Investigations into the jail dietaries of the United Provinces with some observations on the influence of dietary on the physical development and well-being of the people of the United Provinces - Number 48
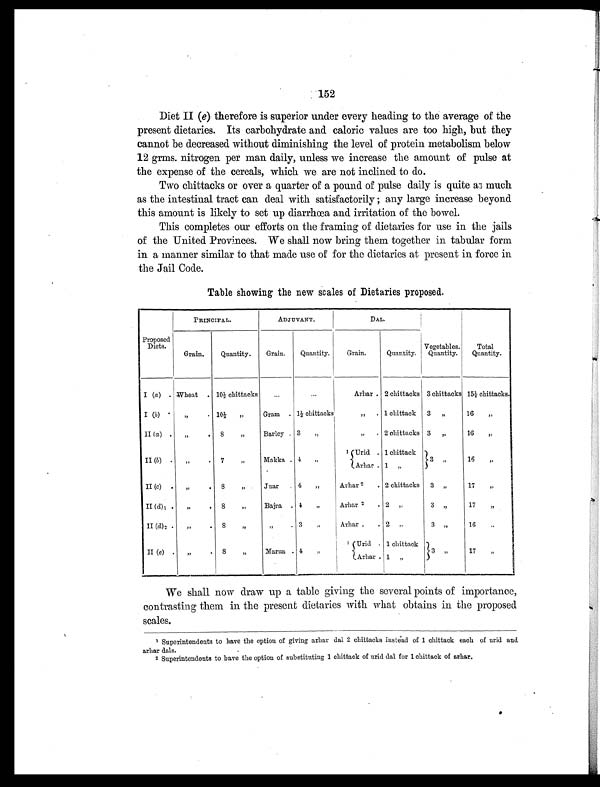
152
Diet II (e) therefore is superior under every heading to the average of the
present dietaries. Its carbohydrate and caloric values are too high, but they
cannot be decreased without diminishing the level of protein metabolism below
12 grms. nitrogen per man daily, unless we increase the amount of pulse at
the expense of the cereals, which we are not inclined to do.
Two chittacks or over a quarter of a pound of pulse daily is quite as much
as the intestinal tract can deal with satisfactorily ; any large increase beyond
this amount is likely to set up diarrhoea and irritation of the bowel.
This completes our efforts on the framing of dietaries for use in the jails
of the United Provinces. We shall now bring them together in tabular form
in a manner similar to that made use of for the dietaries at present in force in
the Jail Code.
Table showing the new scales of Dietaries proposed.
Proposed
Diets.
PRINCIPAL.
ADJUVANT.
DAL.
Vegetables.
Quantity.
Total
Quantity.
Grain. Quantity. Grain. Quantity. Grain.
Quantity.
I (a) . Wheat . 10½ chittacks ...
...
Arhar . 2 chittacks 3 chittacks 15½ chittacks.
I (b) . „ . 10½ ,,
Gram . 1½ chittacks
„ . 1 chittack 3 ,,
16 „
II (a) . ,,
. 8 ,,
Barley . 3 „
,, . 2 chittacks 13 „
16 ,,
II (b) . ,, . 7 ,,
Makka . 4 „
1 Urid . 1 chittack 3 ,,
16 „
I Arhar
.
1 „
II (c) . „
. 8 ,,
Juar . 4 „
Arhar 2 . 2 chittacks 3 „
17 „
II (d)1 . ,,
. 8 ,,
Bajra . 4 „
Arhar 2 . 2 „
3 , ,
17 ,,
II (d)2
„
. 8 „
,,
.
3 , ,
Arhar. . 2
,,
3 ,,
16 „
II (e) . „ . 8 „
Marua
.
4 , ,
1 Urid . 1 chittack 3 „
17 „
Arhar
.
1 „
We shall now draw up a table giving the several points of importance,
contrasting them in the present dietaries with what obtains in the proposed
scales.
1 Superintendents to have the option of giving arhar dal 2 chittacks instead. of 1 chittack each of urid and
arhar dals.
2 Superintendents to have the option of substituting 1 chittack of urid dal for 1 chittack of arhar.